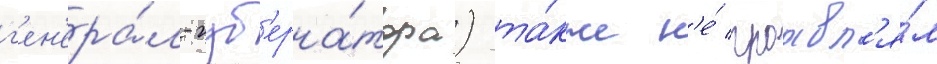
г'ен'ера́л-губ'ерна́тора) та́кже н'е́ проавл'я́л